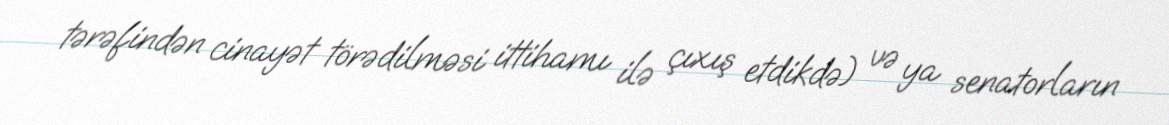
tərəfindən cinayət törədilməsi ittihamı ilə çıxış etdikdə) və ya senatorların